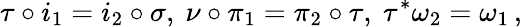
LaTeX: \tau\circ i_{1}=i_{2}\circ\sigma,\ \nu\circ\pi_{1}=\pi_{2}\circ\tau,\ \tau^{*}\omega_{2}=\omega_{1}\, ,